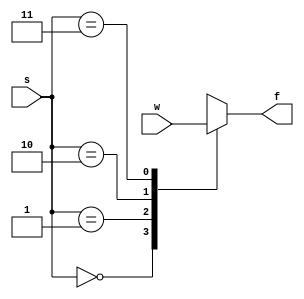
module mux_4x1 (w,s,f);
input [0:3] w;
input [1:0] s;
output reg f;
always @(w,s) 
    begin
        case(s)
        0: f = w[0];
        1: f = w[1];
        2: f = w[2];
        3: f = w[3];
        endcase
    end
endmodule